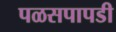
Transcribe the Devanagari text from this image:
पळसपापडी